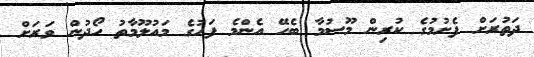
ދަތުރަށް ފެށުމުގެ ކުރިން މޫސުމާ ބެހޭ އެންމެ ފަހުގެ މައުލޫމާތު ހޯދުން ވަރަށް